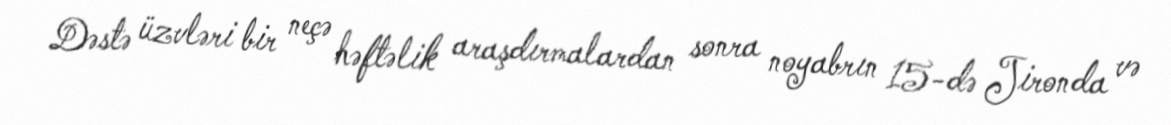
Dəstə üzvləri bir neçə həftəlik araşdırmalardan sonra noyabrın 15-də Jironda və